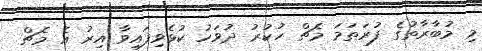
މި މުބާރާތުގެ ފުރަތަމަ މެޗް ހުކުރު ދުވަހު ކުޅެވިފައިވާ އިރު އެ މެޗް